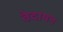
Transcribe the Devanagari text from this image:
वेदायन